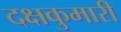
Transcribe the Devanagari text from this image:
दक्षकुमारी